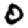
Digit: 0